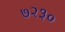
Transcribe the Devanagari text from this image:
७२३०